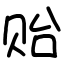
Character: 贻